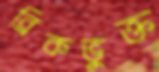
ব্রিকভুক্ত